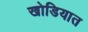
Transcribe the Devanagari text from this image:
खोडियात